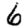
Digit: 6